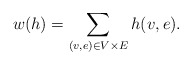
\begin{align*}w(h)=\sum_{(v,e)\in V\times E}h(v,e).\end{align*}